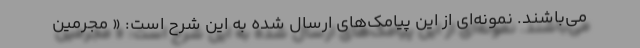
می‌باشند. نمونه‌ای از این پیامک‌های ارسال شده به این شرح است: « مجرمین